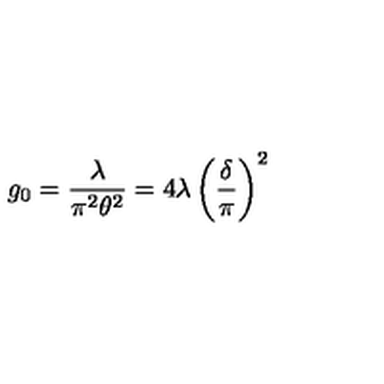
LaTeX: g _ { 0 } = { \frac { \lambda } { \pi ^ { 2 } \theta ^ { 2 } } } = 4 \lambda \left( \frac { \delta } { \pi } \right) ^ { 2 }